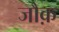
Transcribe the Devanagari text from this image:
जौक़